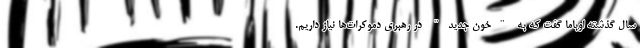
سال گذشته اوباما گفت که به "خون جدید" در رهبری دموکرات‌ها نیاز داریم.